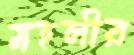
মহলীর